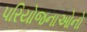
પરિયોજનાઓનો